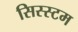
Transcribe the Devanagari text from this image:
सिस्स्टम